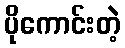
ပိုကောင်းတဲ့